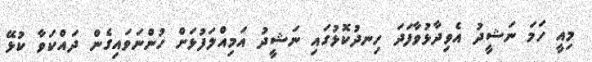
މިއީ ހަމަ ނަޝީދު އެވިދާޅުވާފަދަ ހިނދުކޮޅުގައި ނަޝީދު އަމިއްލަފުޅަށް ހުންނަވައިގެން ދައްކަވާ ކުޅޭ